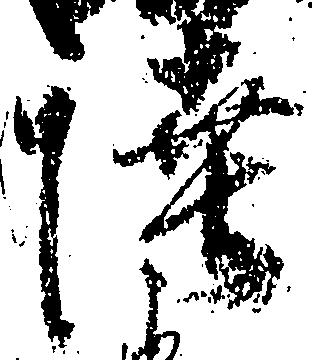
陸